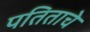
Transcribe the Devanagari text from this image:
पतिताचे